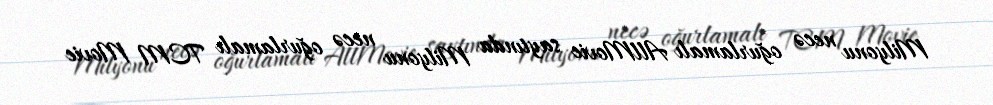
Milyonu necə oğurlamalı AllMovie saytında Milyonu necə oğurlamalı TCM Movie